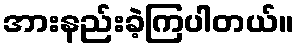
အားနည်းခဲ့ကြပါတယ်။